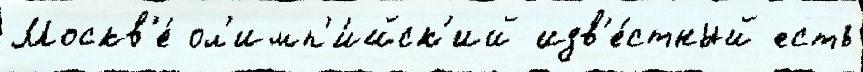
Москв'е́ ол'имп'и́йск'ий изв'е́стный есть